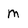
Character: m